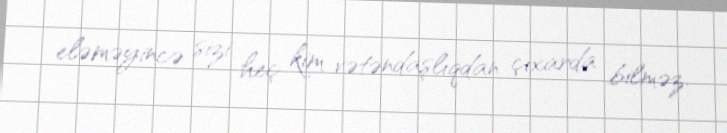
eləməyincə sizi heç kim vətəndaşlıqdan çıxarda bilməz.